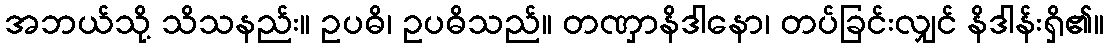
အဘယ်သို့ သိသနည်း။ ဥပဓိ၊ ဥပဓိသည်။ တဏှာနိဒါနော၊ တပ်ခြင်းလျှင် နိဒါန်းရှိ၏။